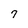
Character: 7